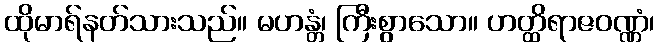
ထိုမာရ်နတ်သားသည်။ မဟန္တံ၊ ကြီးစွာသော။ ဟတ္ထိရာဇဝဏ္ဏံ၊